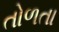
તોળતા